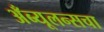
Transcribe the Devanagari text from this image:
अँब्यूलन्सचा